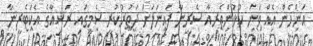
އަންހެން އެއް ވަނަ ކުޅުންތެރިއާ ސެރީނާ ފައިނަލަށް ދަތުރުކުރީ ސެމީގައި ރަޝިއާގެ އެކަޓެރީނާ